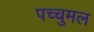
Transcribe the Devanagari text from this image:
पच्चुमल